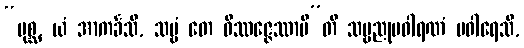
“ပုစ္ဆ, ယံ အာကင်္ခသိ, သဗ္ဗံ တေ ဝိဿဇ္ဇေဿာမီ”တိ သဗ္ဗညုပဝါရဏံ ပဝါရေသိ,